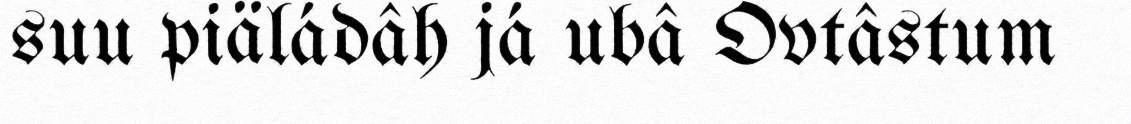
suu piäládâh já ubâ Ovtâstum